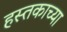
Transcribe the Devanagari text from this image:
हस्तकाच्या